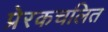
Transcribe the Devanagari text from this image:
प्रेरकचलित